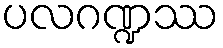
ပလဂဏ္ဍဿ